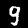
Label: 9